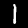
Digit: 1